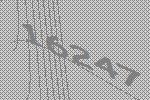
16247